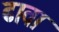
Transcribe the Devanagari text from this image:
ढावा